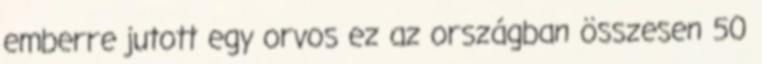
emberre jutott egy orvos ez az országban összesen 50